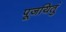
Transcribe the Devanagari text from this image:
पूजयितुं